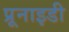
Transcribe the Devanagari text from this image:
प्रूनाइडी